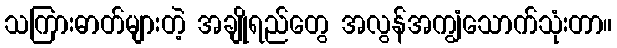
သကြားဓာတ်များတဲ့ အချိုရည်တွေ အလွန်အကျွံသောက်သုံးတာ။